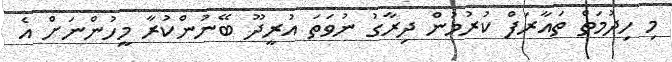
މި ހިދުމަތް ތައާރަފް ކުރުމުން ދިރާގު ނުވަތަ އުރީދޫ ބޭނުންކުރާ މީހުންނަށް އެ